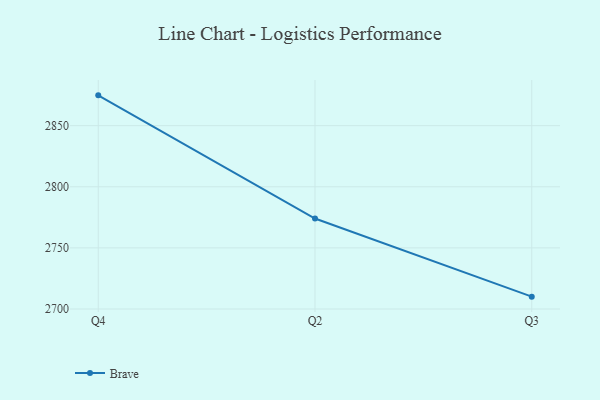
{"axis": {"x": "Quarter", "y": "Population (Million)"}, "legend": ["Brave"], "data": [{"x": "Q4", "y": 2874.8, "type": "Brave"}, {"x": "Q2", "y": 2774.0, "type": "Brave"}, {"x": "Q3", "y": 2710.1, "type": "Brave"}]}